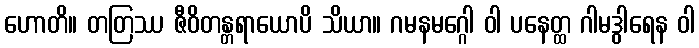
ဟောတိ။ တတြဿ ဇီဝိတန္တရာယောပိ သိယာ။ ဂမနမဂ္ဂေါ ဝါ ပနေတ္ထ ဂါမဒွါရေန ဝါ